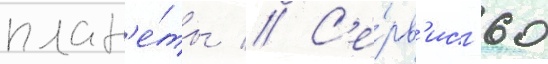
план'е́ты // С'е́рв'ис -60